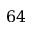
6 4